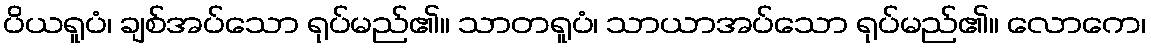
ပိယရူပံ၊ ချစ်အပ်သော ရုပ်မည်၏။ သာတရူပံ၊ သာယာအပ်သော ရုပ်မည်၏။ လောကေ၊